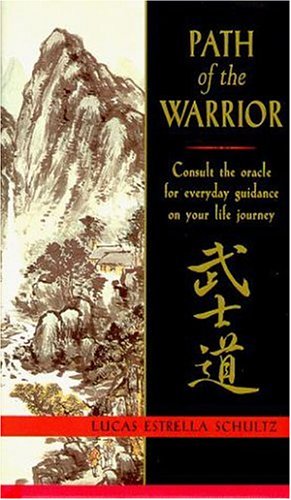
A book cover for Path of the Warrior: Consult the Oracle for Everyday Guidance on Your Life Journey; Lucas Estrella Schultz; Religion & Spirituality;